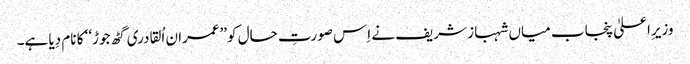
وزیرِاعلیٰ پنجاب میاں شہباز شریف نے اِس صورتِ حال کو’’عمران اُلقادری گٹھ جوڑ‘‘ کا نام دِیا ہے۔